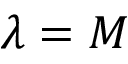
\lambda = M